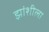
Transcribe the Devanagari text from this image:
झांशीला